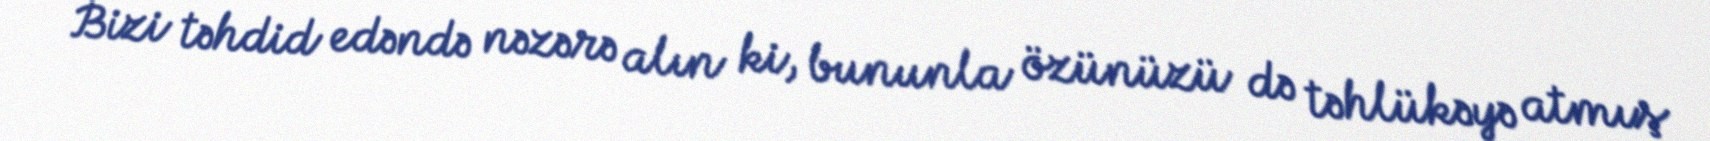
Bizi təhdid edəndə nəzərə alın ki, bununla özünüzü də təhlükəyə atmış